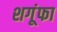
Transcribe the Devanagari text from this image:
शगूंफा